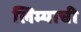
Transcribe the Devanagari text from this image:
लिम्याची